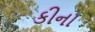
કીના